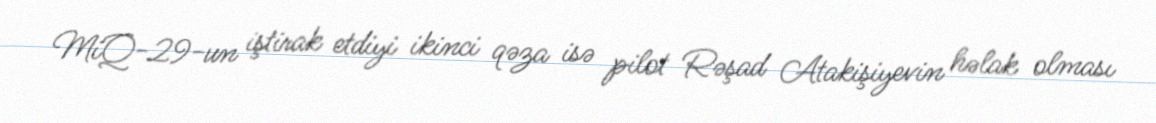
MiQ-29-un iştirak etdiyi ikinci qəza isə pilot Rəşad Atakişiyevin həlak olması